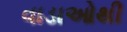
વાડાઓથી